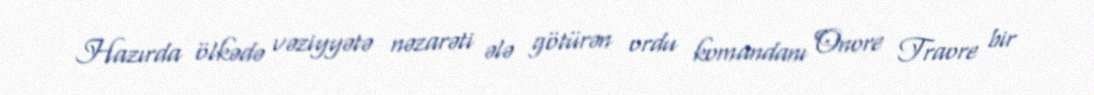
Hazırda ölkədə vəziyyətə nəzarəti ələ götürən ordu komandanı Onore Traore bir